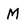
Character: M